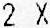
2 X